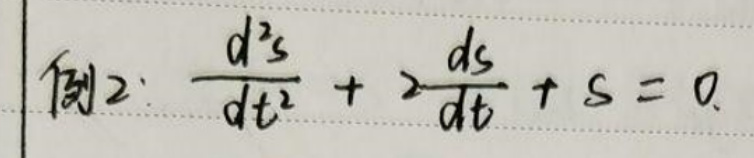
例2：\(\frac{d^{2}s}{dt^{2}}+2\frac{ds}{dt}+s = 0\)